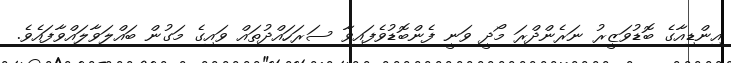
އިންޑިއާގެ ބޮޑުވަޒީރު ނަރެންދްރަ މޯދީ ވަނީ ފެންބޮޑުވެފައިވާ ސަރަހައްދުތައް ވައިގެ މަގުން ބައްލަވާލައްވާފައެވެ.